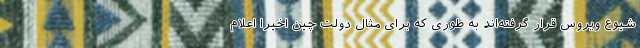
شیوع ویروس قرار گرفته‌اند به طوری که برای مثال دولت چین اخیرا اعلام